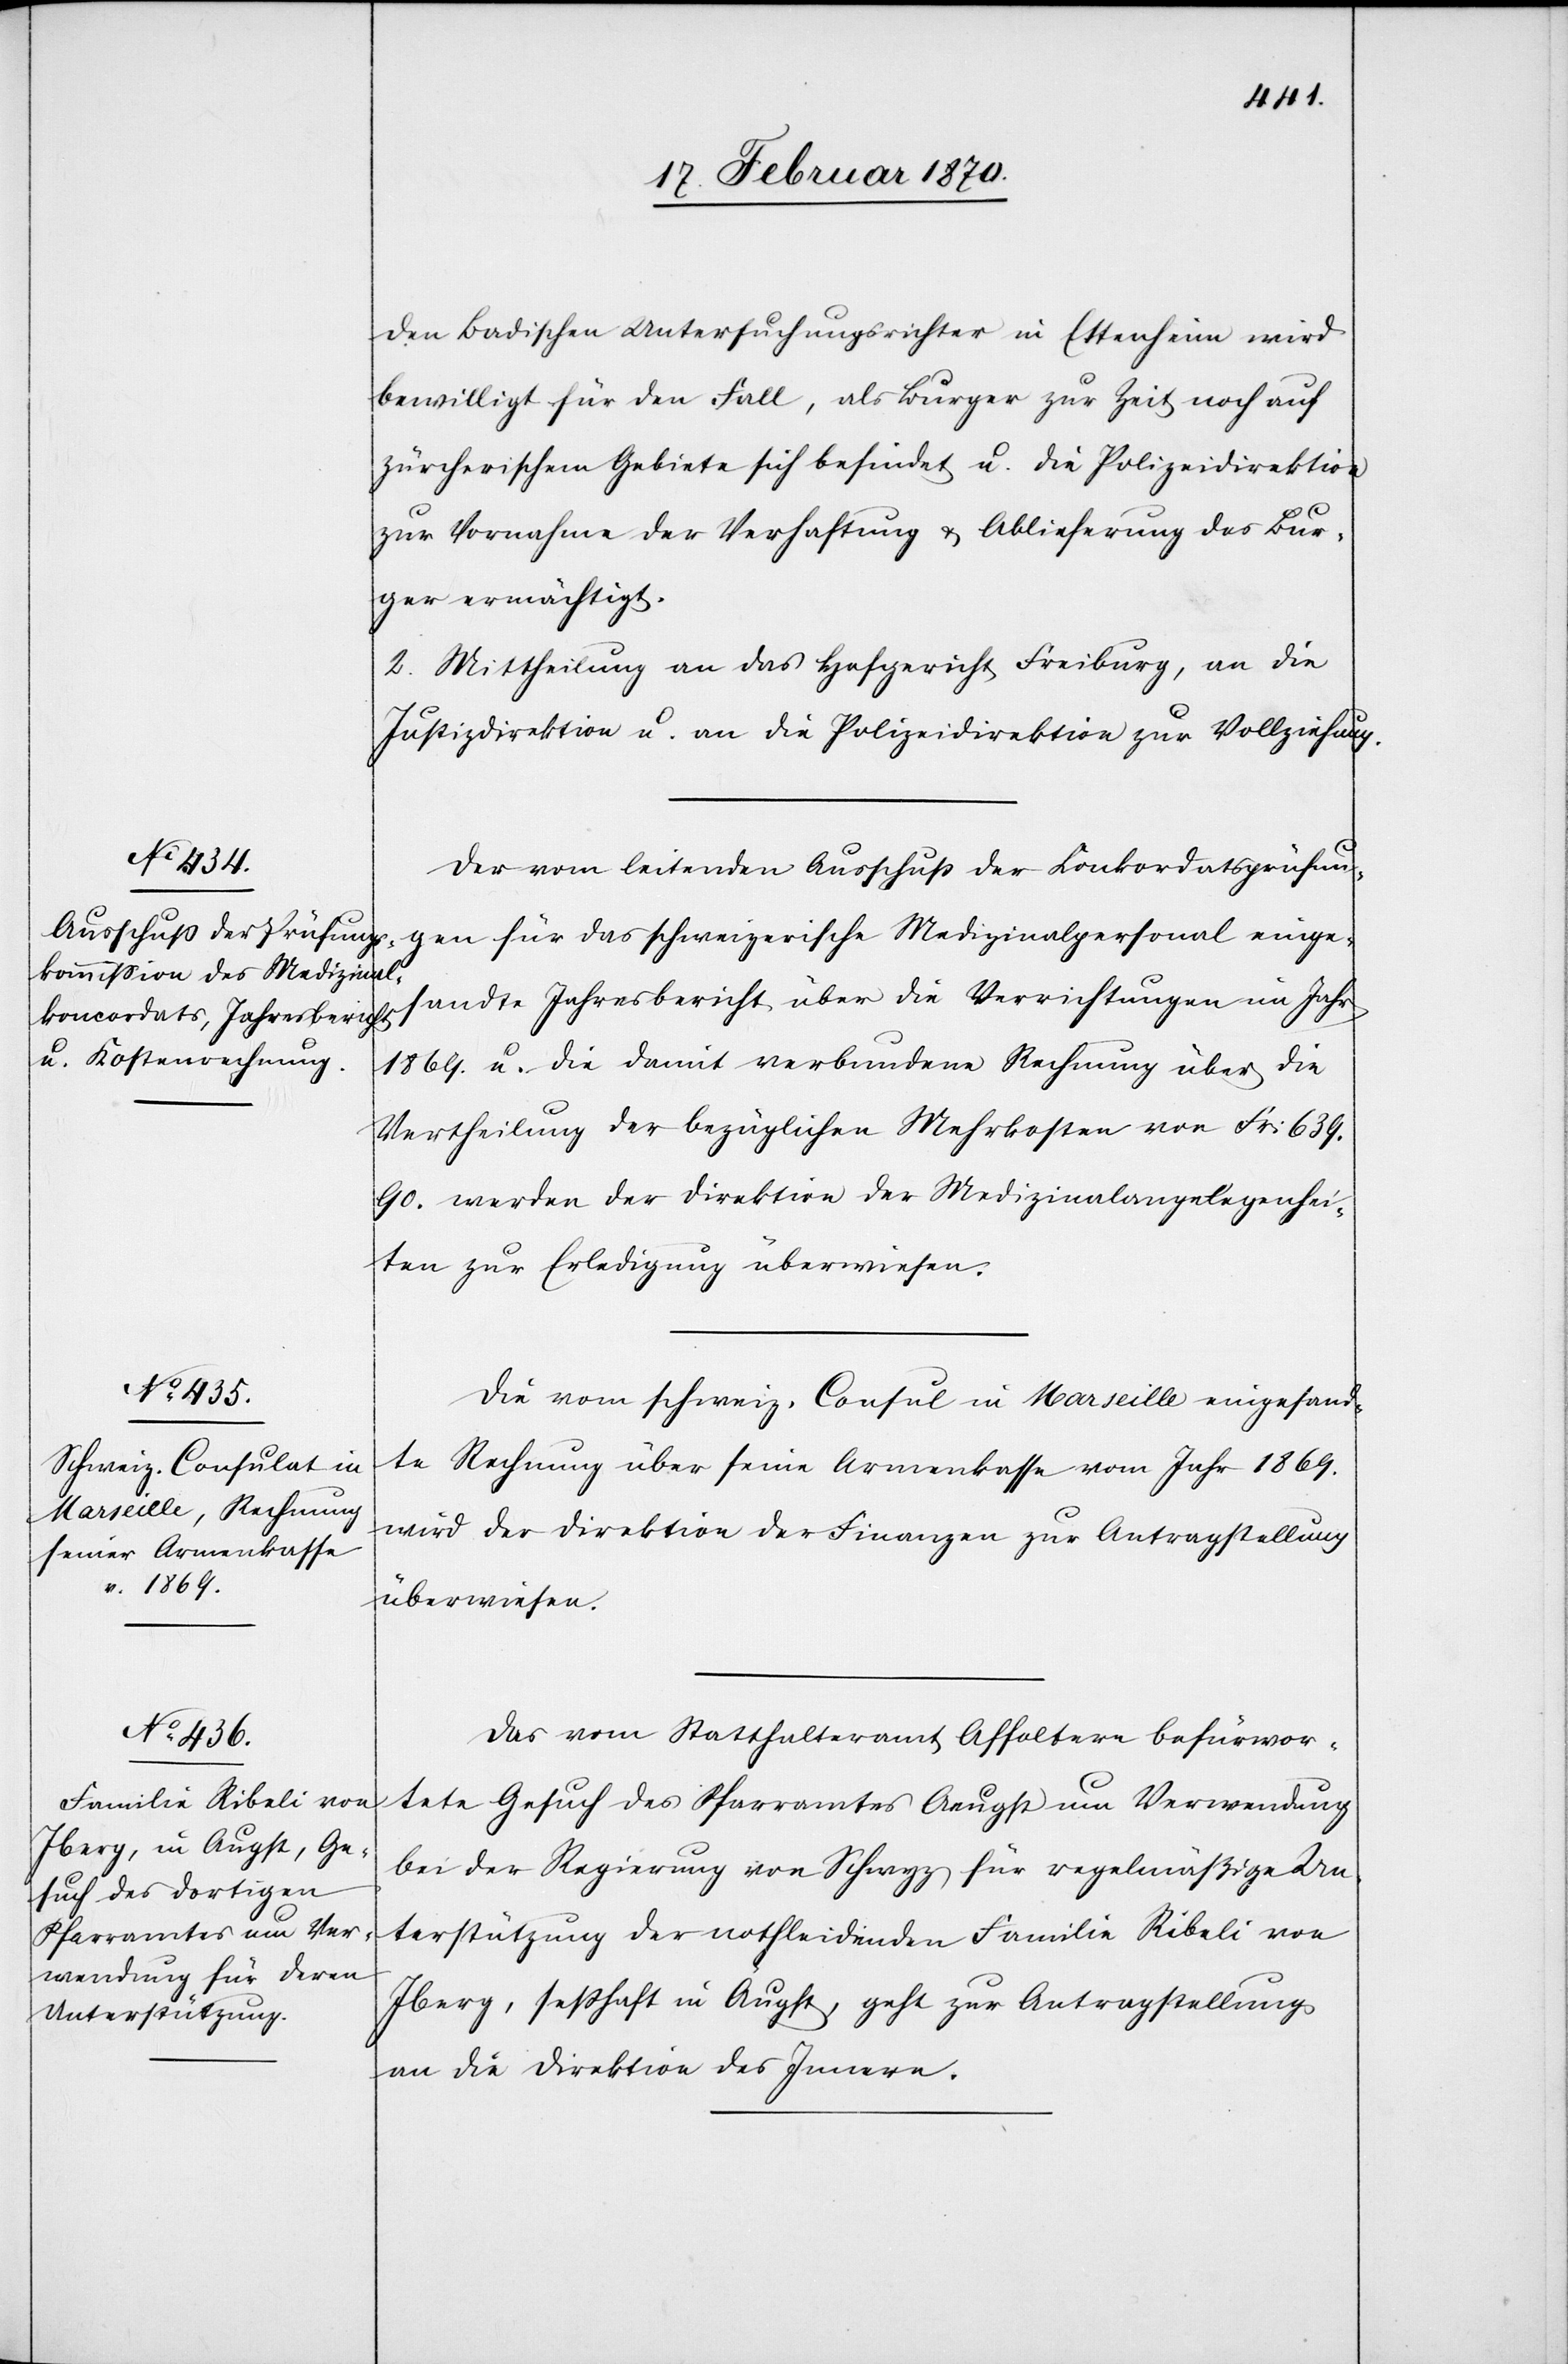
18. Februar 1870.]
den Badischen Untersuchungsrichter in Ettenheim wird
bewilligt für den Fall, als Burger zu Zeit noch auf
züricherischem Gebiete sich befindet u. die Polizeidirektion
zur Vornahme der Verhaftung & Ablieferung des Bur¬
ger ermächtigt.
2. Mittheilung an das Hofgericht Freiburg, an die
Justizdirektion u. an die Polizeidirektion zur Vollziehung.
Der vom leitenden Ausschuss der Konkordatsprüfun¬
gen für das schweizerische Medizinalpersonal einge¬
sandte Jahresbericht über die Verrichtungen im Jahr
1869. u. die damit verbundene Rechnung über die
Vertheilung der bezüglichen Mehrkosten von Fr. 639.
90. werden der Direktion der Medizinalangelegenhei¬
ten zur Erledigung überwiesen.
Die vom schweiz. Consul in Marseille eingesand¬
te Rechnung über seine Armenkasse vom Jahr 1869.
wird der Direktion der Finanzen zur Antragstellung
überwiesen.
Das vom Statthalteramt Affoltern befürwor¬
tete Gesuch des Pfarramtes Aeugst um Verwendung
bei der Regierung von Schwyz für regelmäßige Un¬
terstützung der nothleidenden Familie Ribeli von
Iberg, sesshaft in Augst [sic!], geht zur Antragstellung
an die Direktion des Innern.